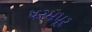
ધરમપૂર